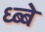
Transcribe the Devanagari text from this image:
ध्ब्बे